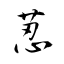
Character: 荵